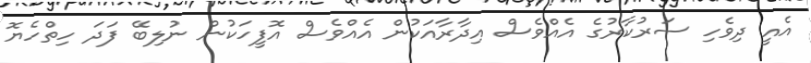
އެއީ ދިވެހި ސަރުކާރުގެ އެއްވެސް އިދާރާއަކުން އެއްވެސް އޮފީހަކުން ނުލިބޭ ފަދަ ހިތްހެޔޮ